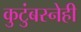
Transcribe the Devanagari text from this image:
कुटुंबस्नेही